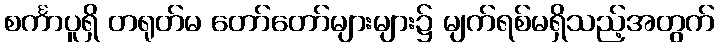
စင်္ကာပူရှိ တရုတ်မ တော်တော်များများ၌ မျက်ရစ်မရှိသည့်အတွက်